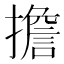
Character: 擔